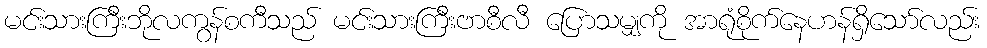
မင်းသားကြီးဘိုလကွန်စကီသည် မင်းသားကြီးဗာစီလီ ပြောသမျှကို အာရုံစိုက်နေဟန်ရှိသော်လည်း